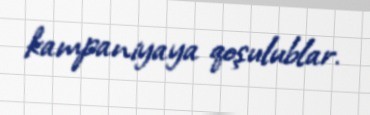
kampaniyaya qoşulublar.